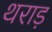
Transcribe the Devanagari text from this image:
थराड़